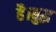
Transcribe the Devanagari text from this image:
है।बुद्ध